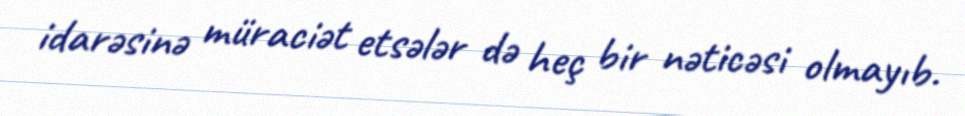
idarəsinə müraciət etsələr də heç bir nəticəsi olmayıb.